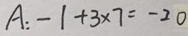
A : - 1 + 3 \times 7 = - 2 0